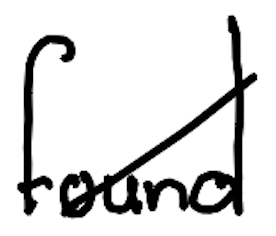
Text: found
Cross-out: diagonal
Writing tool: digital_black